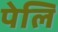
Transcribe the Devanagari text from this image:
पेलि